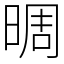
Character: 晭